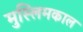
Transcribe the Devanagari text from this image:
मुस्लिमकाल